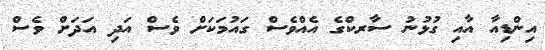
އިންޑިއާ އާއި ގުޅުނު ސާރކްގެ އެއްވެސް ގައުމަކަށް ވެސް އަދި އަދަށް ވެސް